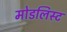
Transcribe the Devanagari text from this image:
मोडलिस्ट